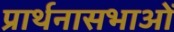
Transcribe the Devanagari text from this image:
प्रार्थनासभाओं